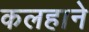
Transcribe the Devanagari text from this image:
कलहाने